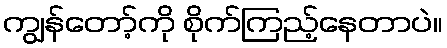
ကျွန်တော့်ကို စိုက်ကြည့်နေတာပဲ။